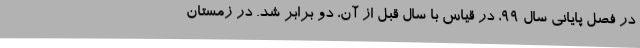
در فصل پایانی سال ۹۹، در قیاس با سال قبل از آن، دو برابر شد. در زمستان